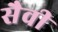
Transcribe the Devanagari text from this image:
सैवी